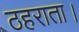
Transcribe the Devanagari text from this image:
ठहराता।